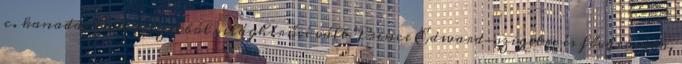
c. kanadai tévésorozatból világhírűvé vált Prince Edward-szigetre és fővárosába,